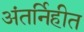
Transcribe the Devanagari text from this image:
अंतर्निहीत